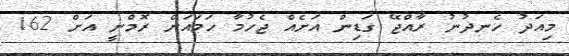
މިއަދު ހެނދުނު ރާއްޖޭ ގަޑިން އަށެއް ޖެހުމާ ހަމައަށް ރޮމްނީ އަށް 162